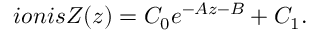
i o n i s Z ( z ) = C _ { 0 } e ^ { - A z - B } + C _ { 1 } .